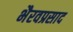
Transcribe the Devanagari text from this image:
भैरवप्रसाद